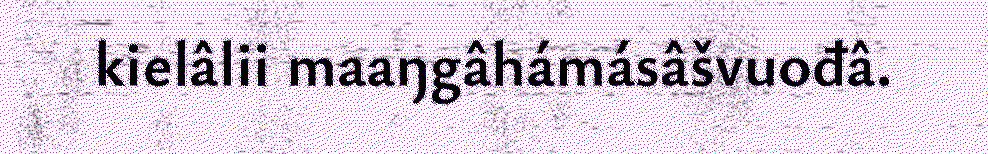
kielâlii maaŋgâhámásâšvuođâ.